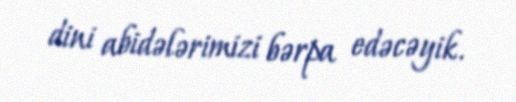
dini abidələrimizi bərpa edəcəyik.